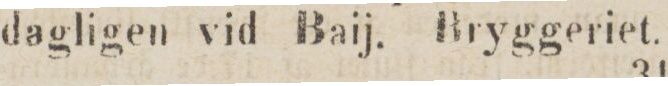
dagligen vid Baij. Bryggeriet.